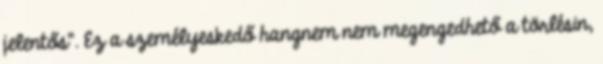
jelentős”. Ez a személyeskedő hangnem nem megengedhető a törlésin,